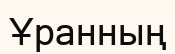
Ұранның